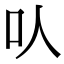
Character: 㕥